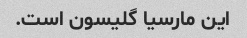
این مارسیا گلیسون است.